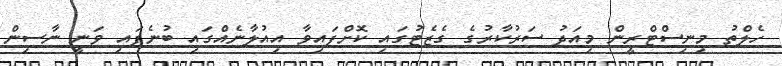
ހެލްތު މިނިސްޓްރީން މިއަދު ސަރުކާރުގެ ގެޒެޓުގައި ކޮށްފައިވާ އިއުލާނެއްގައި ބުނެފައި ވަނީ ނާސިން